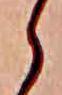
ら